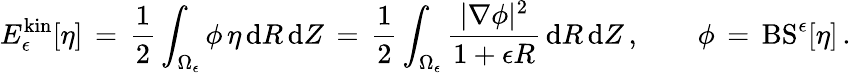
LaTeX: E_{\epsilon}^{\mathrm{kin}}[\eta]\, =\, \frac 12\int_{\Omega_{\epsilon}}\phi\, \eta\, \mathrm{d}R\, \mathrm{d}Z\, =\, \frac 12\int_{\Omega_{\epsilon}}\frac{|\nabla\phi|^{2}}{1+\epsilon R}\, \mathrm{d}R\, \mathrm{d}Z\, ,\qquad\phi\, =\, \mathrm{BS}^{\epsilon}[\eta]\, .